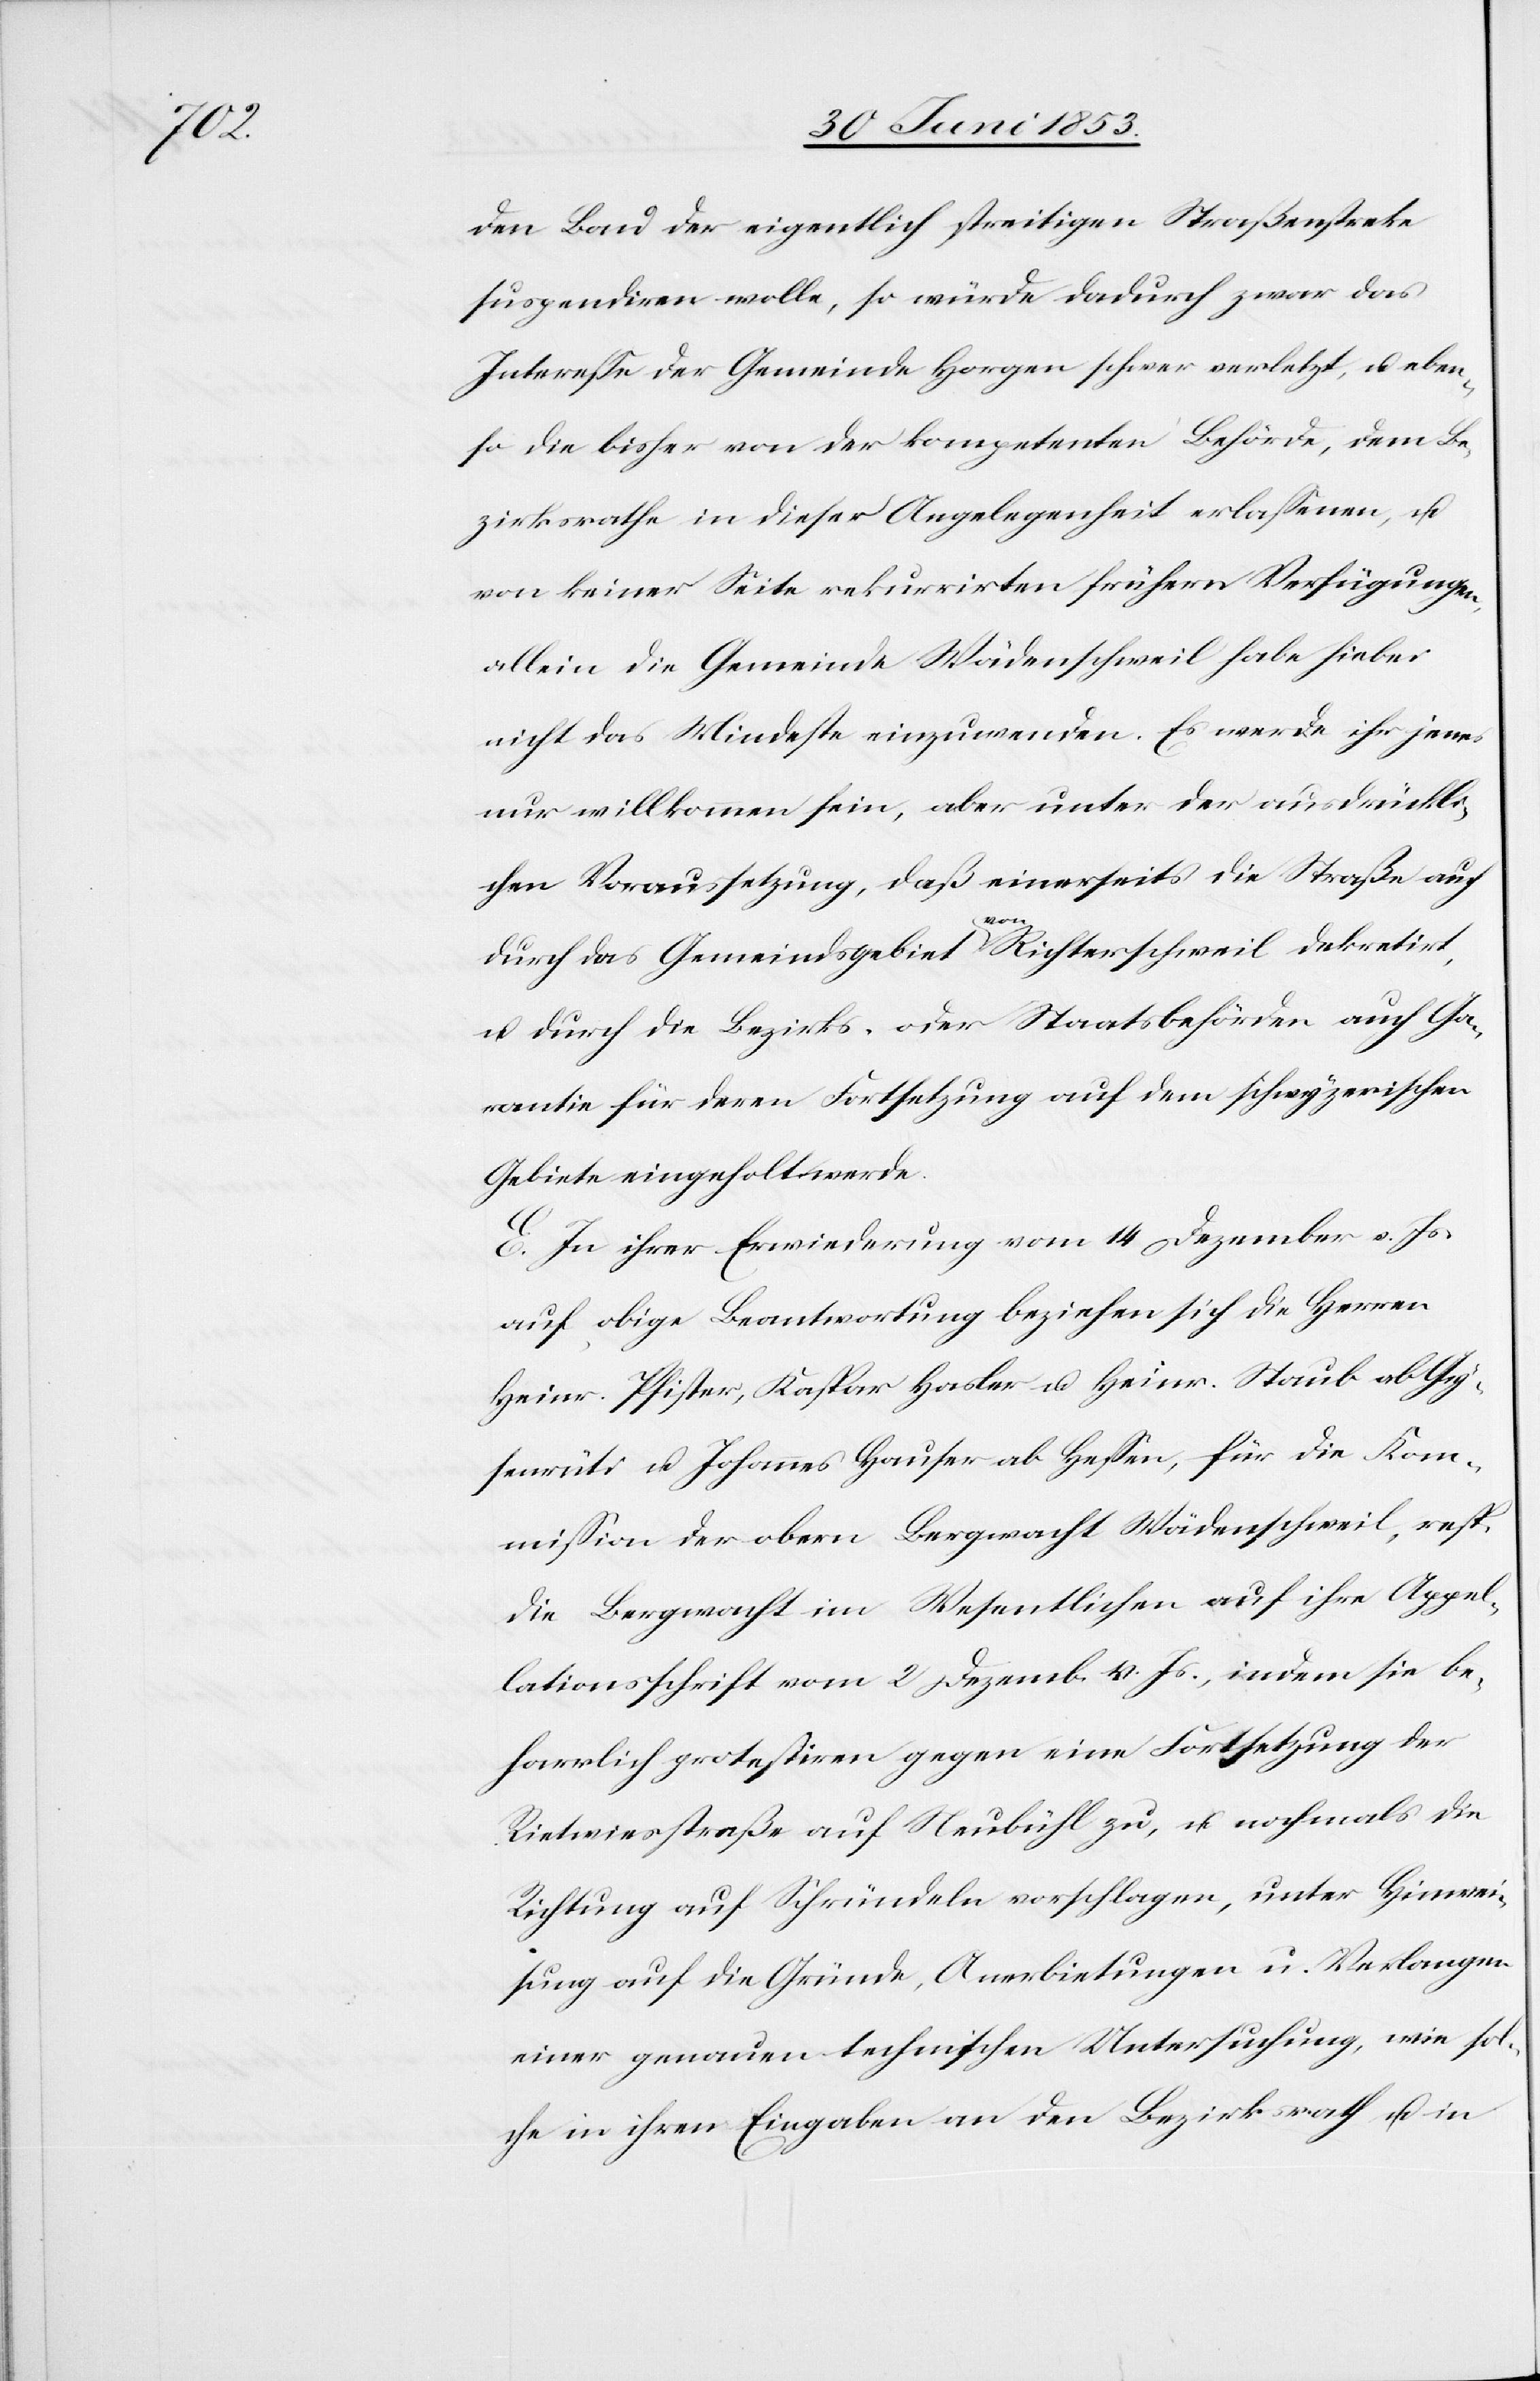
den Bau der eigentlich streitigen Straßestreke
suspendiren wolle, so würde dadurch zwar das
Intereße der Gemeinde Horgen schwer verletzt, u. eben¬
so die bisher von der kompetenten Behörde, dem Be¬
zirksrathe in dieser Angelegenheit erlaßenen, u.
von keiner Seite rekurrirten frühern Verfügungen,
allein die Gemeinde Wädenschweil habe hiebei
nicht das Mindeste einzuwenden. Es werde ihr jene¬
s willkommen sein, aber unter der ausdrückli¬
chen Voraussetzung, daß einerseits die Straße auch
durch das Gemeindsgebiet von Richterschweil dekretirt,
u. durch die Bezirks- oder Staatsbehörden auch Ga¬
rantie für deren Fortsetzung auf dem schwyzerischen
Gebiete eingeholt werde.
E. In ihrer Erwiederung vom 14 Dezember v. Js.
auf obige Beantwortung beziehen sich die Herren
Heinr. Pfister, Kaspar Hasler u. Heinr. Staub ab Gi¬
senrüti u. Johannes Hauser ab Heßen, für die Kom¬
mißion der obern Bergwacht Wädenschweil, resp.
die Bergwacht im Wesentlichen auf ihre Appel¬
lationsschrift vom 2 Dezemb. v. Js., indem sie be¬
harrlich protestiren gegen eine Fortsetzung der
Rietwiesstraße auf Neubühl zu, u. nochmals die
Richtung auf Schründeln vorschlagen, unter Hinwei¬
sung auf die Gründe, Anerbietungen u. Verlangen
einer genauen technischen Untersuchung, wie sol¬
che in ihren Eingaben an den Bezirksrath u. in